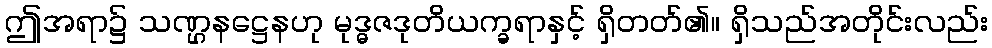
ဤအရာ၌ သဏ္ဌနဋ္ဌေနဟု မုဒ္ဓဇဒုတိယက္ခရာနှင့် ရှိတတ်၏။ ရှိသည်အတိုင်းလည်း